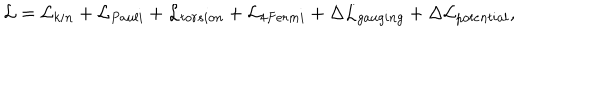
LaTeX: { \cal L } = { \cal L } _ { k i n } + { \cal L } _ { P a u l i } + { \cal L } _ { t o r s i o n } + { \cal L } _ { 4 F e r m i } + \Delta { \cal L } _ { g a u g i n g } + \Delta { \cal L } _ { p o t e n t i a l } ,